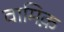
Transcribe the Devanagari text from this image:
वामिक़